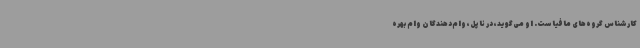
کارشناس گروه‌های مافیاست. او می‌گوید، در ناپل، وام‌دهندگان وام بهره